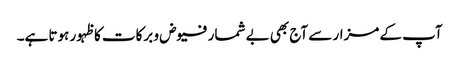
آپ کے مزار سے آج بھی بے شمار فیوض و برکات کا ظہور ہوتا ہے۔